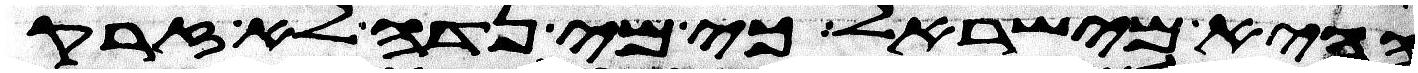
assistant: ההיא מישראל כי מי נדה לא זרק